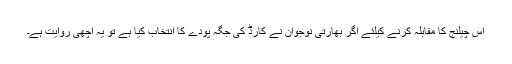
اس چیلنج کا مقابلہ کرنے کیلئے اگر بھارتی نوجوان نے کارڈ کی جگہ پودے کا انتخاب کیا ہے تو یہ اچھی روایت ہے۔